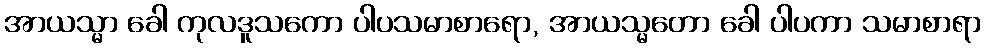
အာယသ္မာ ခေါ ကုလဒူသကော ပါပသမာစာရော, အာယသ္မတော ခေါ ပါပကာ သမာစာရာ